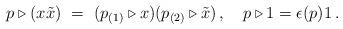
LaTeX: \begin{align*}p\triangleright(x\tilde{x}) \ = \ (p_{(1)}\triangleright x) (p_{(2)}\triangleright \tilde{x})\, ,\quad p\triangleright 1=\epsilon(p)1\, .\end{align*}